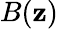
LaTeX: B(\mathbf{z})